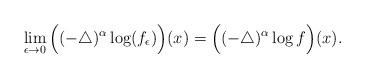
\begin{align*}\lim\limits_{\epsilon\to0}\Big((-\triangle)^{\alpha}\log (f_{\epsilon})\Big)(x)= \Big((-\triangle)^{\alpha}\log f\Big)(x).\end{align*}